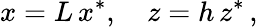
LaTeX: x=L\, x^{*},\quad z=h\, z^{*}\, ,